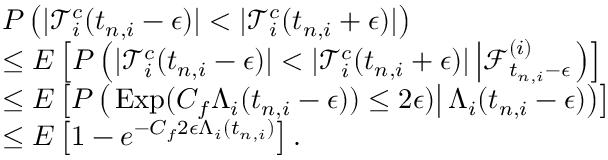
\begin{array} { r l } & { P \left( | \mathcal { T } _ { i } ^ { c } ( t _ { n , i } - \epsilon ) | < | \mathcal { T } _ { i } ^ { c } ( t _ { n , i } + \epsilon ) | \right) } \\ & { \leq E \left[ P \left( | \mathcal { T } _ { i } ^ { c } ( t _ { n , i } - \epsilon ) | < | \mathcal { T } _ { i } ^ { c } ( t _ { n , i } + \epsilon ) | \left| \mathscr { F } _ { t _ { n , i } - \epsilon } ^ { ( i ) } \right. \right) \right] } \\ & { \leq E \left[ P \left( \left. \mathrm { E x p } ( C _ { f } \Lambda _ { i } ( t _ { n , i } - \epsilon ) ) \leq 2 \epsilon ) \right| \Lambda _ { i } ( t _ { n , i } - \epsilon ) \right) \right] } \\ & { \leq E \left[ 1 - e ^ { - C _ { f } 2 \epsilon \Lambda _ { i } ( t _ { n , i } ) } \right] . } \end{array}